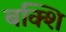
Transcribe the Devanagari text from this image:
बक्शि